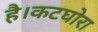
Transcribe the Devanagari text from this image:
है।कटघोरा